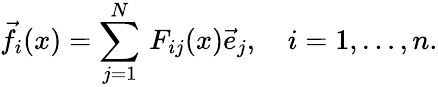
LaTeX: {\vec{f}}_{i}(x)=\sum_{j=1}^{N}\, F_{ij}(x){\vec{e}}_{j},\quad i=1,\ldots,n.